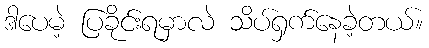
ဒါပေမဲ့ ပြခိုင်းရမှာလဲ သိပ်ရှက်နေခဲ့တယ်။